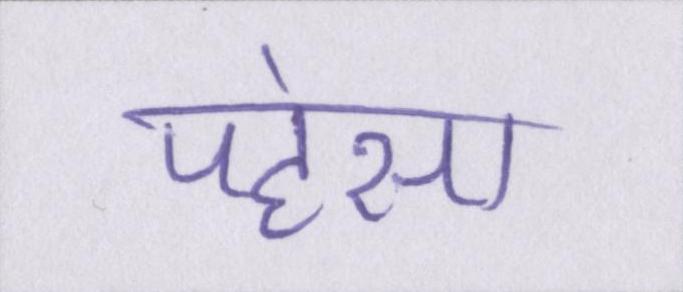
पहंसा